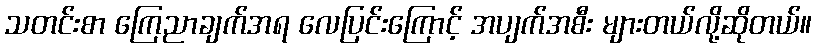
သတင်းစာ ကြေညာချက်အရ လေပြင်းကြောင့် အပျက်အစီး များတယ်လို့ဆိုတယ်။